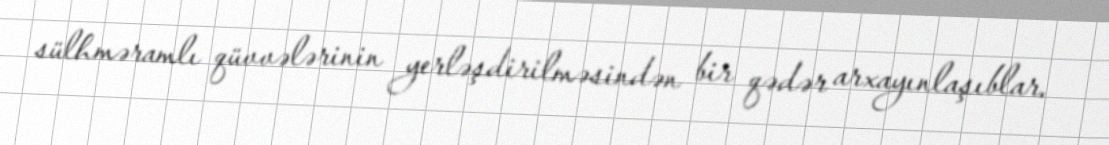
sülhməramlı qüvvələrinin yerləşdirilməsindən bir qədər arxayınlaşıblar.